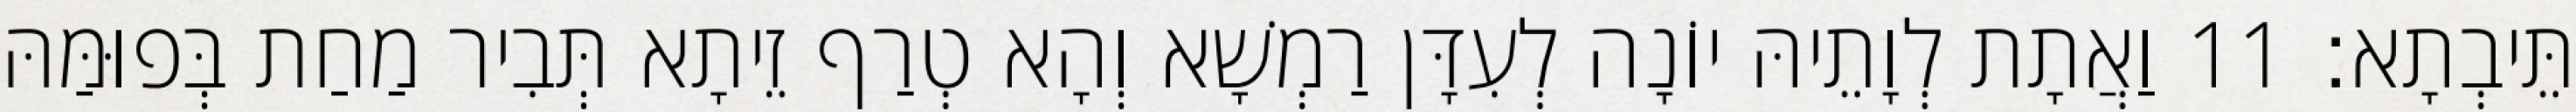
תֵּיבְתָא׃ 11 וַאֲתָת לְוָתֵיהּ יוֹנָה לְעִדָּן רַמְשָׁא וְהָא טְרַף זֵיתָא תְּבִיר מַחַת בְּפוּמַּהּ